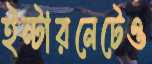
ইন্টারনেটেও